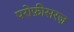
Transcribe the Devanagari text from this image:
परोफ़ीसरज़